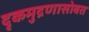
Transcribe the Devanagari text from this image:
दृकमुद्रणासोबत